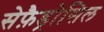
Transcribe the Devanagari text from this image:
सेफ़ैड्रोसिल